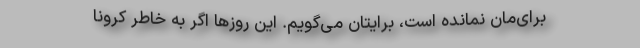
برای‌مان نمانده است، برایتان می‌گویم. این روزها اگر به خاطر کرونا